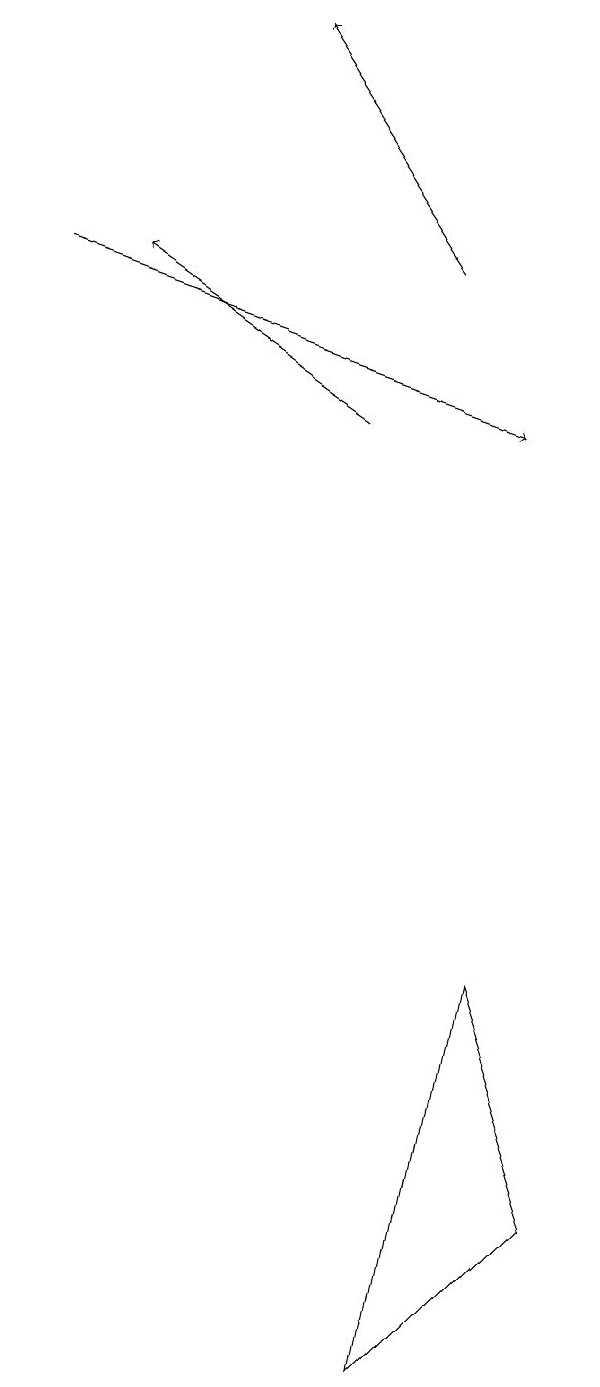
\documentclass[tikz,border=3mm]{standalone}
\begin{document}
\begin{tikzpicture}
\draw[->] (2,14) -- (8,12);
\draw (9,2) -- (8,5) -- (7,0) -- cycle;
\draw[->] (6,12) -- (3,14);
\draw[->] (7,14) -- (5,17);
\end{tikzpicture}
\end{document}